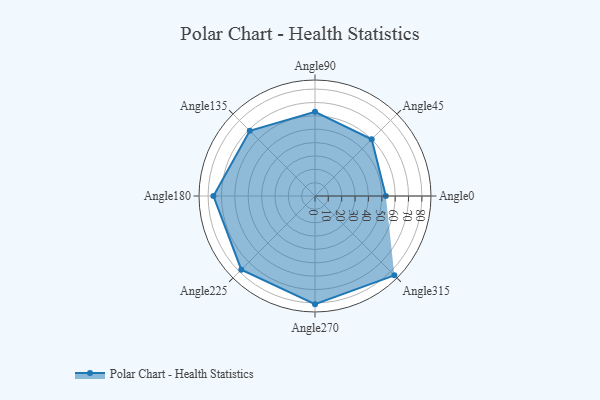
{"axis": {"x": "Angle", "y": "Radius"}, "legend": [""], "data": [{"x": "Angle0", "y": 53.0, "type": ""}, {"x": "Angle45", "y": 60.0, "type": ""}, {"x": "Angle90", "y": 63.0, "type": ""}, {"x": "Angle135", "y": 69.0, "type": ""}, {"x": "Angle180", "y": 76.0, "type": ""}, {"x": "Angle225", "y": 78.0, "type": ""}, {"x": "Angle270", "y": 81.0, "type": ""}, {"x": "Angle315", "y": 84.0, "type": ""}]}